Civil Veterinary Department Bihar reports 1936-40 - 1936-1940
Year: 1936
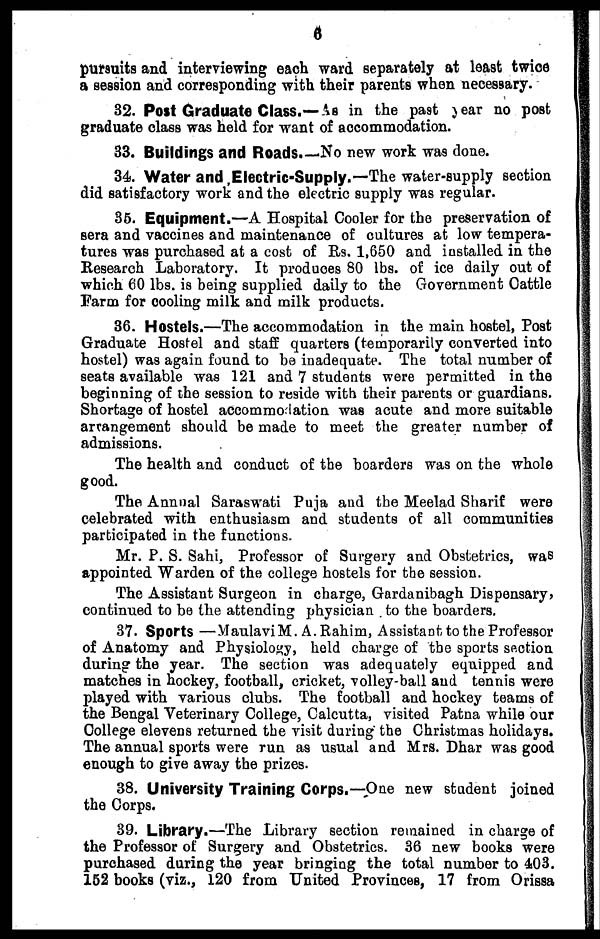
6
pursuits and interviewing each ward separately at least twice
a session and corresponding with their parents when necessary.
32. Post Graduate Class.—As in the past year no post
graduate class was held for want of accommodation.
33. Buildings and Roads.—No new work was done.
34. Water and Electric-Supply.—The water-supply section
did satisfactory work and the electric supply was regular.
35. Equipment.—A Hospital Cooler for the preservation of
sera and vaccines and maintenance of cultures at low tempera-
tures was purchased at a cost of Rs. 1,650 and installed in the
Research Laboratory. It produces 80 lbs. of ice daily out of
which 60 lbs. is being supplied daily to the Government Cattle
Farm for cooling milk and milk products.
36. Hostels.—The accommodation in the main hostel, Post
Graduate Hostel and staff quarters (temporarily converted into
hostel) was again found to be inadequate. The total number of
seats available was 121 and 7 students were permitted in the
beginning of the session to reside with their parents or guardians.
Shortage of hostel accommodation was acute and more suitable
arrangement should be made to meet the greater number of
admissions.
The health and conduct of the boarders was on the whole
good.
The Annual Saraswati Puja and the Meelad Sharif were
celebrated with enthusiasm and students of all communities
participated in the functions.
Mr. P. S. Sahi, Professor of Surgery and Obstetrics, was
appointed Warden of the college hostels for the session.
The Assistant Surgeon in charge, Gardanibagh Dispensary,
continued to be the attending physician to the boarders.
37. Sports —Maulavi M. A. Rahim, Assistant to the Professor
of Anatomy and Physiology, held charge of the sports section
during the year. The section was adequately equipped and
matches in hockey, football, cricket, volley-ball and tennis were
played with various clubs. The football and hockey teams of
the Bengal Veterinary College, Calcutta, visited Patna while our
College elevens returned the visit during the Christmas holidays.
The annual sports were run as usual and Mrs. Dhar was good
enough to give away the prizes.
38. University Training Corps.—One new student joined
the Corps.
39. Library.—The Library section remained in charge of
the Professor of Surgery and Obstetrics. 36 new books were
purchased during the year bringing the total number to 403.
152 books (viz., 120 from United Provinces, 17 from Orissa